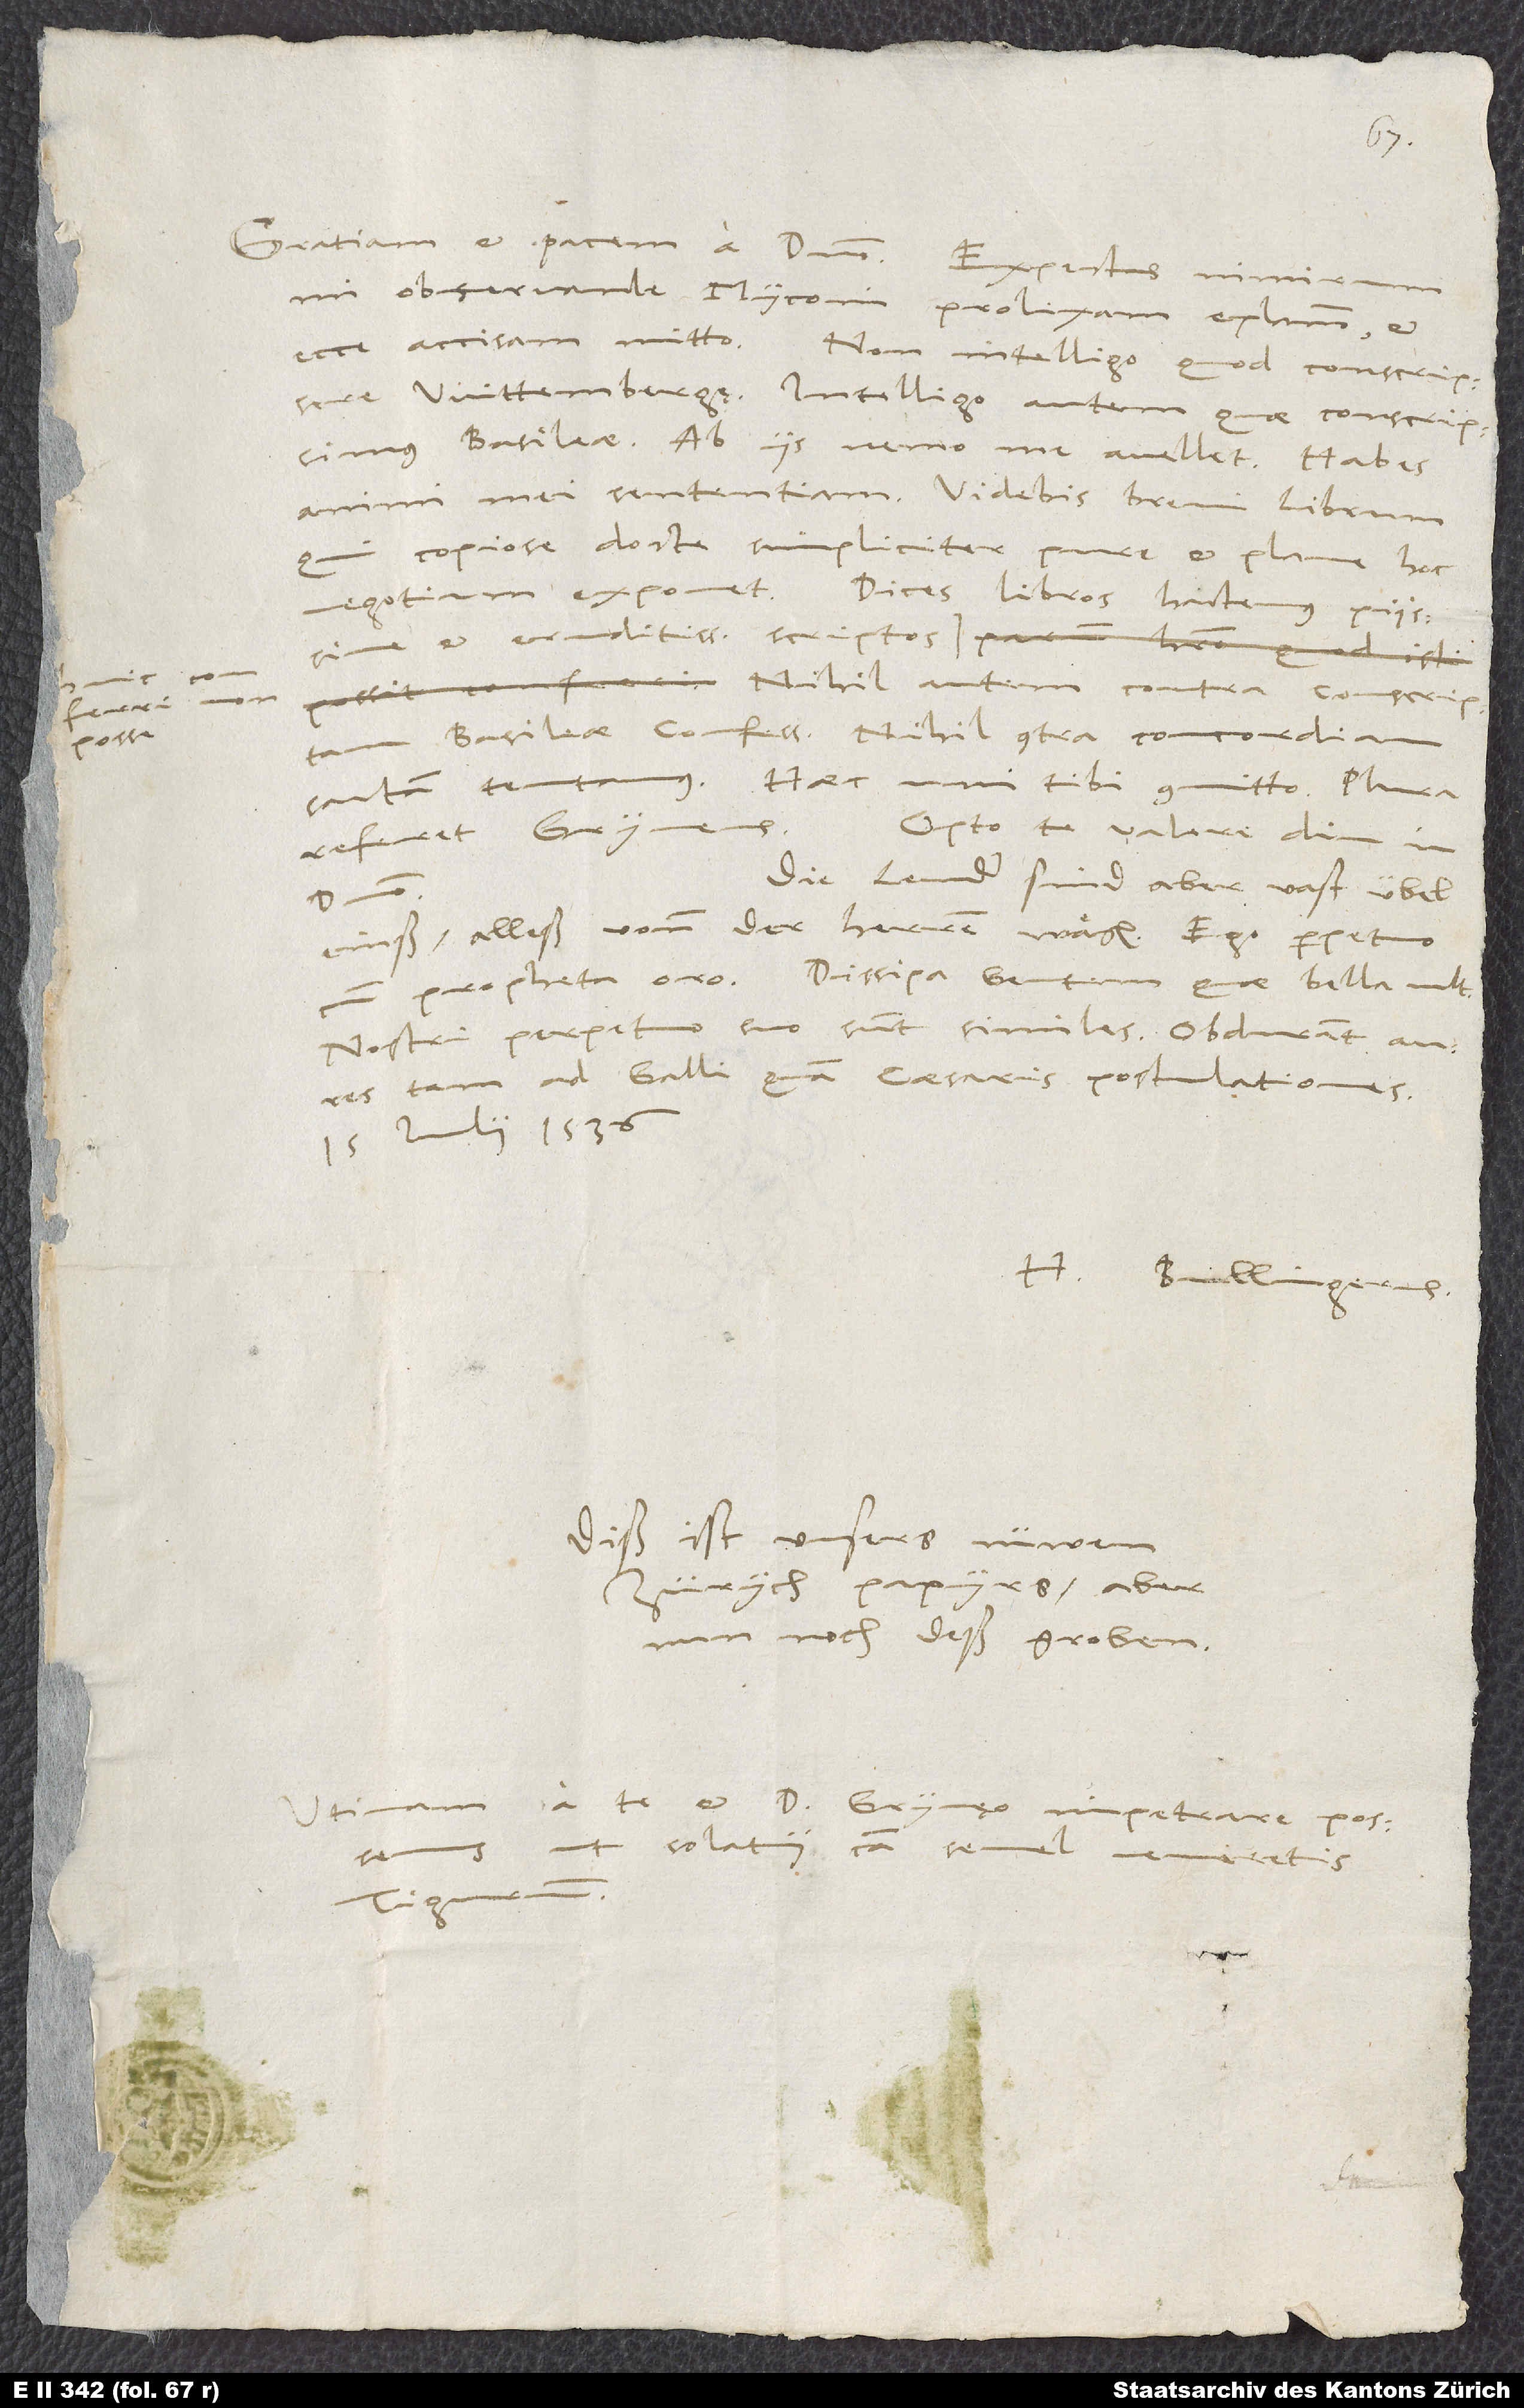
posse.

observande Myconi, prolixam epistolam, et
ecce, accisam mitto. Non intelligo, quod conscripsere
Wittembergae. Intelligo autem, quae conscripsimus
Basileae. Ab iis nemo me avellet. Habes
animi mei sententiam. Videbis brevi librum,
qui copiose, docte, simpliciter, pure et plane hoc
negotium exponet. Dices libros hactenus piissime
et eruditissime scriptos
Nihil autem contra conscriptam
Basileae confessionem, nihil contra concordiam
sartam tentamus. Haec uni tibi committo. Plura
Die lender sind aber vast übel
einß, alleß vonn der herren wägen. Ego perpetuo
propheta oro: Dissipa gentem, quae bella vult.
Nostri perpetuo sui sunt similes. Obdurant aures
tam ad Galli quam caesaris postulationes.
15. iulii 1536.
H. Bullingerus.
Diß ist unsers nüwen
Zürych papyrs, aber
nun noch deß groben.
Utinam a te et d. Grynęo impetrare possemus,
ut solatii causa semel veniretis